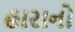
હારાનો